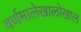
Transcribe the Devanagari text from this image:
वर्णमालेखालोखाल